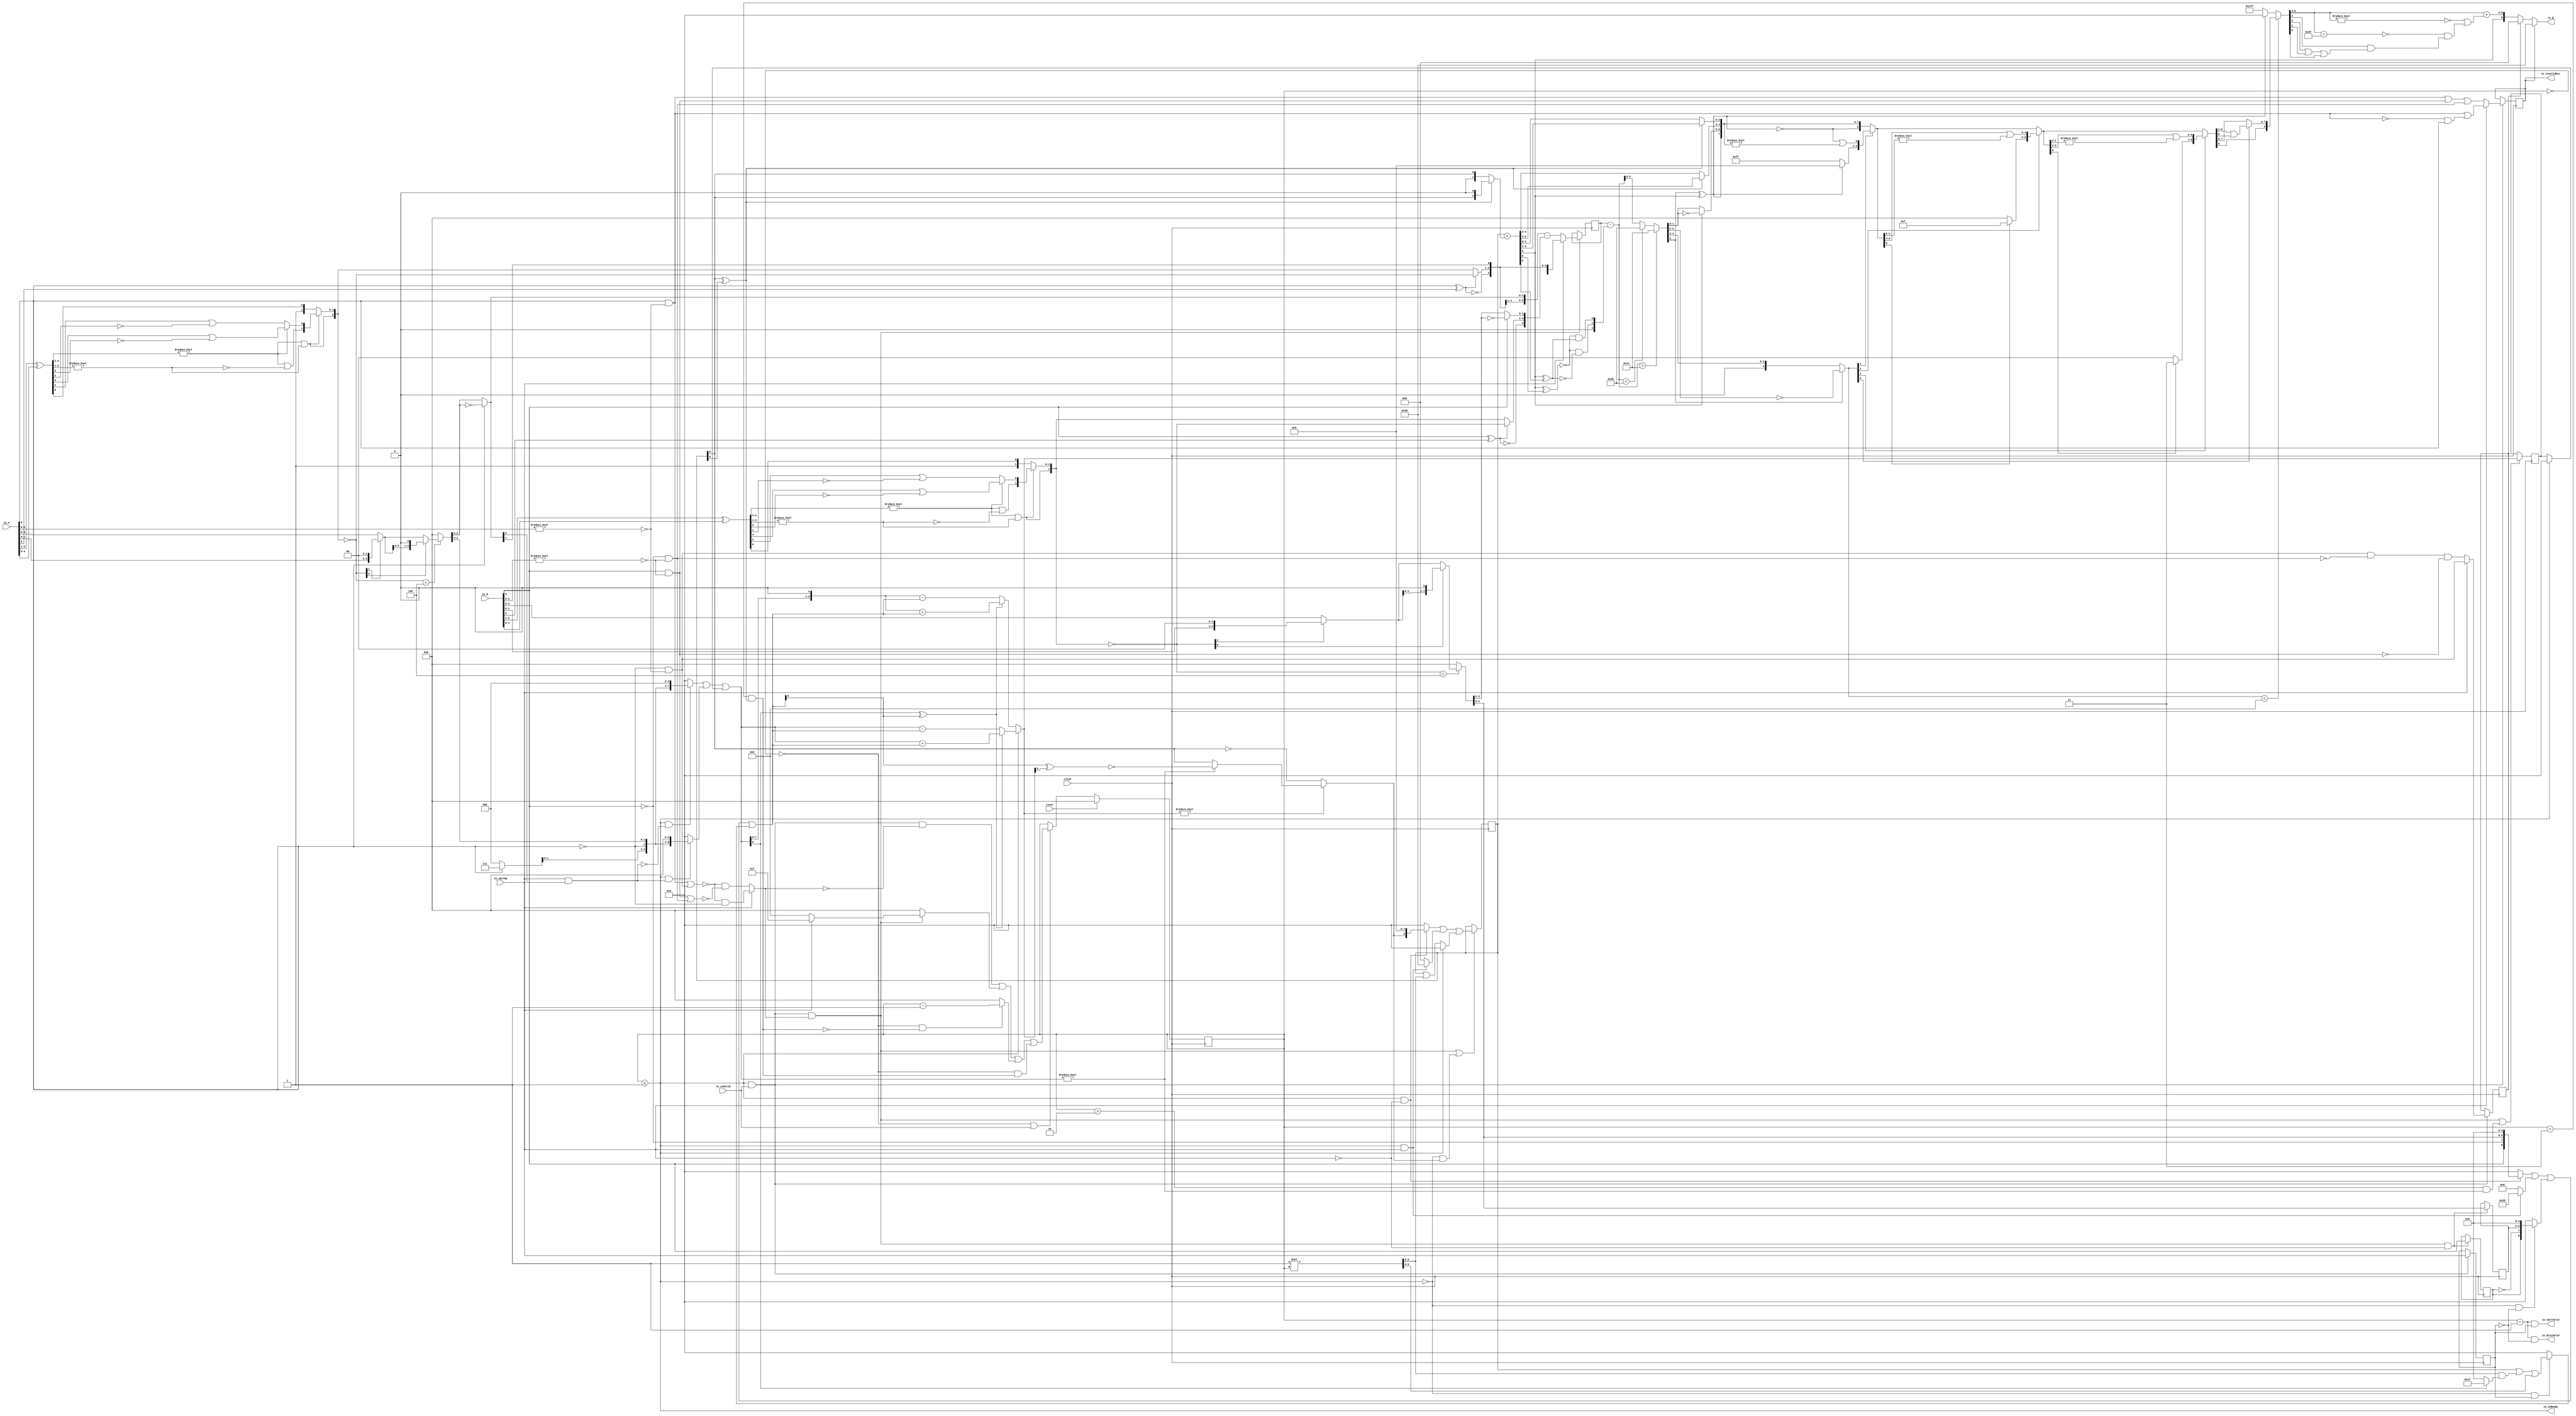
module PositDivSqrter7_2(
  input        clock,
  input        reset,
  output       io_inReady,
  input        io_inValid,
  input        io_sqrtOp,
  input  [6:0] io_A,
  input  [6:0] io_B,
  output       io_diviValid,
  output       io_sqrtValid,
  output       io_invalidExc,
  output [6:0] io_Q
);
  reg [3:0] cycleNum; // @[PositDivisionSqrt.scala 63:26]
  reg [31:0] _RAND_0;
  reg  sqrtOp_Z; // @[PositDivisionSqrt.scala 65:22]
  reg [31:0] _RAND_1;
  reg  isNaR_Z; // @[PositDivisionSqrt.scala 66:22]
  reg [31:0] _RAND_2;
  reg  isZero_Z; // @[PositDivisionSqrt.scala 67:22]
  reg [31:0] _RAND_3;
  reg [6:0] scale_Z; // @[PositDivisionSqrt.scala 68:22]
  reg [31:0] _RAND_4;
  reg  signB_Z; // @[PositDivisionSqrt.scala 69:28]
  reg [31:0] _RAND_5;
  reg [1:0] fractB_Z; // @[PositDivisionSqrt.scala 70:22]
  reg [31:0] _RAND_6;
  reg [8:0] rem_Z; // @[PositDivisionSqrt.scala 71:22]
  reg [31:0] _RAND_7;
  reg [8:0] sigX_Z; // @[PositDivisionSqrt.scala 72:22]
  reg [31:0] _RAND_8;
  wire  _T_1; // @[convert.scala 18:24]
  wire  _T_2; // @[convert.scala 18:40]
  wire  _T_3; // @[convert.scala 18:36]
  wire [4:0] _T_4; // @[convert.scala 19:24]
  wire [4:0] _T_5; // @[convert.scala 19:43]
  wire [4:0] _T_6; // @[convert.scala 19:39]
  wire [3:0] _T_7; // @[LZD.scala 43:32]
  wire [1:0] _T_8; // @[LZD.scala 43:32]
  wire  _T_9; // @[LZD.scala 39:14]
  wire  _T_10; // @[LZD.scala 39:21]
  wire  _T_11; // @[LZD.scala 39:30]
  wire  _T_12; // @[LZD.scala 39:27]
  wire  _T_13; // @[LZD.scala 39:25]
  wire [1:0] _T_14; // @[Cat.scala 29:58]
  wire [1:0] _T_15; // @[LZD.scala 44:32]
  wire  _T_16; // @[LZD.scala 39:14]
  wire  _T_17; // @[LZD.scala 39:21]
  wire  _T_18; // @[LZD.scala 39:30]
  wire  _T_19; // @[LZD.scala 39:27]
  wire  _T_20; // @[LZD.scala 39:25]
  wire [1:0] _T_21; // @[Cat.scala 29:58]
  wire  _T_22; // @[Shift.scala 12:21]
  wire  _T_23; // @[Shift.scala 12:21]
  wire  _T_24; // @[LZD.scala 49:16]
  wire  _T_25; // @[LZD.scala 49:27]
  wire  _T_26; // @[LZD.scala 49:25]
  wire  _T_27; // @[LZD.scala 49:47]
  wire  _T_28; // @[LZD.scala 49:59]
  wire  _T_29; // @[LZD.scala 49:35]
  wire [2:0] _T_31; // @[Cat.scala 29:58]
  wire  _T_32; // @[LZD.scala 44:32]
  wire  _T_34; // @[Shift.scala 12:21]
  wire [1:0] _T_36; // @[Cat.scala 29:58]
  wire [1:0] _T_37; // @[LZD.scala 55:32]
  wire [1:0] _T_38; // @[LZD.scala 55:20]
  wire [2:0] _T_39; // @[Cat.scala 29:58]
  wire [2:0] _T_40; // @[convert.scala 21:22]
  wire [3:0] _T_41; // @[convert.scala 22:36]
  wire  _T_42; // @[Shift.scala 16:24]
  wire [1:0] _T_43; // @[Shift.scala 17:37]
  wire  _T_44; // @[Shift.scala 12:21]
  wire [1:0] _T_45; // @[Shift.scala 64:52]
  wire [3:0] _T_47; // @[Cat.scala 29:58]
  wire [3:0] _T_48; // @[Shift.scala 64:27]
  wire  _T_49; // @[Shift.scala 66:70]
  wire [2:0] _T_51; // @[Shift.scala 64:52]
  wire [3:0] _T_52; // @[Cat.scala 29:58]
  wire [3:0] _T_53; // @[Shift.scala 64:27]
  wire [3:0] _T_54; // @[Shift.scala 16:10]
  wire [1:0] _T_55; // @[convert.scala 23:34]
  wire [1:0] decA_fraction; // @[convert.scala 24:34]
  wire  _T_57; // @[convert.scala 25:26]
  wire [2:0] _T_59; // @[convert.scala 25:42]
  wire [1:0] _T_62; // @[convert.scala 26:67]
  wire [1:0] _T_63; // @[convert.scala 26:51]
  wire [5:0] _T_64; // @[Cat.scala 29:58]
  wire [5:0] _T_66; // @[convert.scala 29:56]
  wire  _T_67; // @[convert.scala 29:60]
  wire  _T_68; // @[convert.scala 29:41]
  wire  decA_isNaR; // @[convert.scala 29:39]
  wire  _T_71; // @[convert.scala 30:19]
  wire  decA_isZero; // @[convert.scala 30:41]
  wire [5:0] decA_scale; // @[convert.scala 32:24]
  wire  _T_80; // @[convert.scala 18:24]
  wire  _T_81; // @[convert.scala 18:40]
  wire  _T_82; // @[convert.scala 18:36]
  wire [4:0] _T_83; // @[convert.scala 19:24]
  wire [4:0] _T_84; // @[convert.scala 19:43]
  wire [4:0] _T_85; // @[convert.scala 19:39]
  wire [3:0] _T_86; // @[LZD.scala 43:32]
  wire [1:0] _T_87; // @[LZD.scala 43:32]
  wire  _T_88; // @[LZD.scala 39:14]
  wire  _T_89; // @[LZD.scala 39:21]
  wire  _T_90; // @[LZD.scala 39:30]
  wire  _T_91; // @[LZD.scala 39:27]
  wire  _T_92; // @[LZD.scala 39:25]
  wire [1:0] _T_93; // @[Cat.scala 29:58]
  wire [1:0] _T_94; // @[LZD.scala 44:32]
  wire  _T_95; // @[LZD.scala 39:14]
  wire  _T_96; // @[LZD.scala 39:21]
  wire  _T_97; // @[LZD.scala 39:30]
  wire  _T_98; // @[LZD.scala 39:27]
  wire  _T_99; // @[LZD.scala 39:25]
  wire [1:0] _T_100; // @[Cat.scala 29:58]
  wire  _T_101; // @[Shift.scala 12:21]
  wire  _T_102; // @[Shift.scala 12:21]
  wire  _T_103; // @[LZD.scala 49:16]
  wire  _T_104; // @[LZD.scala 49:27]
  wire  _T_105; // @[LZD.scala 49:25]
  wire  _T_106; // @[LZD.scala 49:47]
  wire  _T_107; // @[LZD.scala 49:59]
  wire  _T_108; // @[LZD.scala 49:35]
  wire [2:0] _T_110; // @[Cat.scala 29:58]
  wire  _T_111; // @[LZD.scala 44:32]
  wire  _T_113; // @[Shift.scala 12:21]
  wire [1:0] _T_115; // @[Cat.scala 29:58]
  wire [1:0] _T_116; // @[LZD.scala 55:32]
  wire [1:0] _T_117; // @[LZD.scala 55:20]
  wire [2:0] _T_118; // @[Cat.scala 29:58]
  wire [2:0] _T_119; // @[convert.scala 21:22]
  wire [3:0] _T_120; // @[convert.scala 22:36]
  wire  _T_121; // @[Shift.scala 16:24]
  wire [1:0] _T_122; // @[Shift.scala 17:37]
  wire  _T_123; // @[Shift.scala 12:21]
  wire [1:0] _T_124; // @[Shift.scala 64:52]
  wire [3:0] _T_126; // @[Cat.scala 29:58]
  wire [3:0] _T_127; // @[Shift.scala 64:27]
  wire  _T_128; // @[Shift.scala 66:70]
  wire [2:0] _T_130; // @[Shift.scala 64:52]
  wire [3:0] _T_131; // @[Cat.scala 29:58]
  wire [3:0] _T_132; // @[Shift.scala 64:27]
  wire [3:0] _T_133; // @[Shift.scala 16:10]
  wire [1:0] _T_134; // @[convert.scala 23:34]
  wire [1:0] decB_fraction; // @[convert.scala 24:34]
  wire  _T_136; // @[convert.scala 25:26]
  wire [2:0] _T_138; // @[convert.scala 25:42]
  wire [1:0] _T_141; // @[convert.scala 26:67]
  wire [1:0] _T_142; // @[convert.scala 26:51]
  wire [5:0] _T_143; // @[Cat.scala 29:58]
  wire [5:0] _T_145; // @[convert.scala 29:56]
  wire  _T_146; // @[convert.scala 29:60]
  wire  _T_147; // @[convert.scala 29:41]
  wire  decB_isNaR; // @[convert.scala 29:39]
  wire  _T_150; // @[convert.scala 30:19]
  wire  decB_isZero; // @[convert.scala 30:41]
  wire [5:0] decB_scale; // @[convert.scala 32:24]
  wire [2:0] _T_159; // @[Bitwise.scala 71:12]
  wire  _T_160; // @[PositDivisionSqrt.scala 80:40]
  wire [8:0] sigA_S; // @[Cat.scala 29:58]
  wire  _T_163; // @[PositDivisionSqrt.scala 82:31]
  wire [8:0] sigB_S; // @[Cat.scala 29:58]
  wire  _T_166; // @[PositDivisionSqrt.scala 85:25]
  wire  invalidSqrt; // @[PositDivisionSqrt.scala 85:37]
  wire  _T_167; // @[PositDivisionSqrt.scala 88:42]
  wire  _T_168; // @[PositDivisionSqrt.scala 89:42]
  wire  _T_169; // @[PositDivisionSqrt.scala 89:56]
  wire  _T_170; // @[PositDivisionSqrt.scala 94:46]
  wire  _T_171; // @[PositDivisionSqrt.scala 94:43]
  wire  _T_172; // @[PositDivisionSqrt.scala 94:62]
  wire  _T_173; // @[PositDivisionSqrt.scala 94:59]
  wire  specialCaseA_S; // @[PositDivisionSqrt.scala 97:38]
  wire  specialCaseB_S; // @[PositDivisionSqrt.scala 98:38]
  wire  _T_174; // @[PositDivisionSqrt.scala 99:27]
  wire  _T_175; // @[PositDivisionSqrt.scala 99:46]
  wire  normalCase_S_div; // @[PositDivisionSqrt.scala 99:43]
  wire  normalCase_S_sqrt; // @[PositDivisionSqrt.scala 100:43]
  wire  normalCase_S; // @[PositDivisionSqrt.scala 101:30]
  wire [6:0] sExpQuot_S_div; // @[PositDivisionSqrt.scala 103:38]
  wire  _T_178; // @[PositDivisionSqrt.scala 104:50]
  wire  oddSqrt_S; // @[PositDivisionSqrt.scala 104:37]
  wire  idle; // @[PositDivisionSqrt.scala 109:39]
  wire  ready; // @[PositDivisionSqrt.scala 110:39]
  wire  entering; // @[PositDivisionSqrt.scala 111:35]
  wire  entering_normalCase; // @[PositDivisionSqrt.scala 112:38]
  wire  _T_179; // @[PositDivisionSqrt.scala 113:35]
  wire  _T_180; // @[PositDivisionSqrt.scala 113:58]
  wire  scaleNotChange; // @[PositDivisionSqrt.scala 113:50]
  wire  _T_181; // @[PositDivisionSqrt.scala 114:39]
  wire  skipCycle2; // @[PositDivisionSqrt.scala 114:48]
  wire  _T_182; // @[PositDivisionSqrt.scala 116:8]
  wire  _T_183; // @[PositDivisionSqrt.scala 116:14]
  wire  _T_184; // @[PositDivisionSqrt.scala 117:32]
  wire  _T_185; // @[PositDivisionSqrt.scala 117:30]
  wire [3:0] _T_187; // @[PositDivisionSqrt.scala 119:26]
  wire [3:0] _T_188; // @[PositDivisionSqrt.scala 118:20]
  wire [3:0] _GEN_9; // @[PositDivisionSqrt.scala 117:64]
  wire [3:0] _T_189; // @[PositDivisionSqrt.scala 117:64]
  wire  _T_191; // @[PositDivisionSqrt.scala 123:30]
  wire  _T_192; // @[PositDivisionSqrt.scala 123:27]
  wire [3:0] _T_194; // @[PositDivisionSqrt.scala 123:52]
  wire [3:0] _T_195; // @[PositDivisionSqrt.scala 123:20]
  wire [3:0] _T_196; // @[PositDivisionSqrt.scala 122:64]
  wire  _T_198; // @[PositDivisionSqrt.scala 124:27]
  wire [3:0] _GEN_10; // @[PositDivisionSqrt.scala 123:64]
  wire [3:0] _T_200; // @[PositDivisionSqrt.scala 123:64]
  wire [4:0] _T_201; // @[PositDivisionSqrt.scala 134:42]
  wire  _T_203; // @[PositDivisionSqrt.scala 137:31]
  wire  _T_204; // @[PositDivisionSqrt.scala 137:28]
  wire [15:0] _T_205; // @[PositDivisionSqrt.scala 146:22]
  wire [13:0] _T_206; // @[PositDivisionSqrt.scala 146:35]
  wire  _T_207; // @[PositDivisionSqrt.scala 148:26]
  wire  _T_208; // @[PositDivisionSqrt.scala 148:23]
  wire [8:0] _T_209; // @[PositDivisionSqrt.scala 148:16]
  wire  _T_210; // @[PositDivisionSqrt.scala 149:23]
  wire [9:0] _T_211; // @[PositDivisionSqrt.scala 149:46]
  wire [8:0] _T_212; // @[PositDivisionSqrt.scala 149:56]
  wire [8:0] _T_213; // @[PositDivisionSqrt.scala 149:16]
  wire [8:0] _T_214; // @[PositDivisionSqrt.scala 148:66]
  wire  _T_215; // @[PositDivisionSqrt.scala 150:17]
  wire [8:0] _T_216; // @[PositDivisionSqrt.scala 150:16]
  wire [8:0] rem; // @[PositDivisionSqrt.scala 149:66]
  wire  _T_218; // @[PositDivisionSqrt.scala 152:29]
  wire [8:0] _T_219; // @[PositDivisionSqrt.scala 152:22]
  wire  _T_220; // @[PositDivisionSqrt.scala 153:29]
  wire [5:0] _T_221; // @[PositDivisionSqrt.scala 153:22]
  wire [8:0] _GEN_11; // @[PositDivisionSqrt.scala 152:93]
  wire [8:0] _T_222; // @[PositDivisionSqrt.scala 152:93]
  wire  _T_224; // @[PositDivisionSqrt.scala 154:33]
  wire  _T_225; // @[PositDivisionSqrt.scala 154:30]
  wire  _T_226; // @[PositDivisionSqrt.scala 154:57]
  wire [8:0] _T_229; // @[Cat.scala 29:58]
  wire [8:0] _T_230; // @[PositDivisionSqrt.scala 154:22]
  wire [8:0] _T_231; // @[PositDivisionSqrt.scala 153:93]
  wire  _T_233; // @[PositDivisionSqrt.scala 155:30]
  wire  _T_234; // @[PositDivisionSqrt.scala 156:83]
  wire [4:0] _T_236; // @[Bitwise.scala 71:12]
  wire [7:0] bitMask; // @[PositDivisionSqrt.scala 145:21 PositDivisionSqrt.scala 146:14]
  wire [7:0] _GEN_12; // @[PositDivisionSqrt.scala 156:53]
  wire [7:0] _T_237; // @[PositDivisionSqrt.scala 156:53]
  wire [8:0] _GEN_13; // @[PositDivisionSqrt.scala 155:51]
  wire [8:0] _T_238; // @[PositDivisionSqrt.scala 155:51]
  wire [6:0] _T_239; // @[PositDivisionSqrt.scala 157:53]
  wire [8:0] _GEN_14; // @[PositDivisionSqrt.scala 156:89]
  wire [8:0] _T_240; // @[PositDivisionSqrt.scala 156:89]
  wire [8:0] _T_241; // @[PositDivisionSqrt.scala 155:22]
  wire [8:0] trialTerm; // @[PositDivisionSqrt.scala 154:93]
  wire  _T_243; // @[PositDivisionSqrt.scala 162:56]
  wire  _T_244; // @[PositDivisionSqrt.scala 162:40]
  wire [8:0] _T_247; // @[PositDivisionSqrt.scala 163:97]
  wire [8:0] _T_249; // @[PositDivisionSqrt.scala 164:97]
  wire [8:0] _T_250; // @[PositDivisionSqrt.scala 161:92]
  wire [9:0] _T_255; // @[PositDivisionSqrt.scala 168:98]
  wire [8:0] _T_256; // @[PositDivisionSqrt.scala 168:108]
  wire [8:0] _T_258; // @[PositDivisionSqrt.scala 168:112]
  wire [8:0] _T_262; // @[PositDivisionSqrt.scala 169:112]
  wire [8:0] _T_263; // @[PositDivisionSqrt.scala 166:26]
  wire [8:0] trialRem; // @[PositDivisionSqrt.scala 159:27]
  wire  _T_264; // @[PositDivisionSqrt.scala 173:35]
  wire  trIsZero; // @[PositDivisionSqrt.scala 173:25]
  wire  _T_265; // @[PositDivisionSqrt.scala 174:30]
  wire  remIsZero; // @[PositDivisionSqrt.scala 174:25]
  wire  _T_267; // @[PositDivisionSqrt.scala 176:64]
  wire  _T_268; // @[PositDivisionSqrt.scala 176:49]
  wire  _T_269; // @[PositDivisionSqrt.scala 176:29]
  wire  _T_270; // @[PositDivisionSqrt.scala 178:61]
  wire  _T_271; // @[PositDivisionSqrt.scala 178:49]
  wire  _T_273; // @[Mux.scala 87:16]
  wire  newBit; // @[Mux.scala 87:16]
  wire  _T_274; // @[PositDivisionSqrt.scala 183:41]
  wire  _T_275; // @[PositDivisionSqrt.scala 183:51]
  wire  _T_276; // @[PositDivisionSqrt.scala 183:48]
  wire  _T_277; // @[PositDivisionSqrt.scala 183:28]
  wire  _T_280; // @[PositDivisionSqrt.scala 187:39]
  wire  _T_281; // @[PositDivisionSqrt.scala 187:28]
  wire [8:0] _T_284; // @[PositDivisionSqrt.scala 188:47]
  wire [8:0] _T_285; // @[PositDivisionSqrt.scala 188:18]
  wire [6:0] _T_287; // @[PositDivisionSqrt.scala 189:18]
  wire [8:0] _GEN_15; // @[PositDivisionSqrt.scala 188:78]
  wire [8:0] _T_288; // @[PositDivisionSqrt.scala 188:78]
  wire [8:0] _GEN_16; // @[PositDivisionSqrt.scala 190:47]
  wire [8:0] _T_290; // @[PositDivisionSqrt.scala 190:47]
  wire [8:0] _T_291; // @[PositDivisionSqrt.scala 190:18]
  wire [8:0] _T_292; // @[PositDivisionSqrt.scala 189:78]
  wire [1:0] _T_294; // @[PositDivisionSqrt.scala 196:53]
  wire [1:0] sigXBias; // @[PositDivisionSqrt.scala 196:21]
  wire [8:0] _GEN_17; // @[PositDivisionSqrt.scala 197:25]
  wire [8:0] realSigX; // @[PositDivisionSqrt.scala 197:25]
  wire [1:0] _T_297; // @[PositDivisionSqrt.scala 200:97]
  wire [1:0] _T_298; // @[PositDivisionSqrt.scala 201:97]
  wire [1:0] realFrac; // @[PositDivisionSqrt.scala 198:21]
  wire  _T_299; // @[PositDivisionSqrt.scala 205:33]
  wire  _T_300; // @[PositDivisionSqrt.scala 205:58]
  wire  _T_301; // @[PositDivisionSqrt.scala 205:48]
  wire  scaleNeedSub; // @[PositDivisionSqrt.scala 205:23]
  wire  _T_303; // @[PositDivisionSqrt.scala 206:56]
  wire  notNeedSubTwo; // @[PositDivisionSqrt.scala 206:46]
  wire  scaleSubOne; // @[PositDivisionSqrt.scala 207:36]
  wire  _T_304; // @[PositDivisionSqrt.scala 208:38]
  wire  scaleSubTwo; // @[PositDivisionSqrt.scala 208:36]
  wire [1:0] _T_305; // @[Cat.scala 29:58]
  wire [2:0] _T_306; // @[PositDivisionSqrt.scala 209:63]
  wire [6:0] _GEN_18; // @[PositDivisionSqrt.scala 209:31]
  wire [6:0] _T_308; // @[PositDivisionSqrt.scala 209:31]
  wire [6:0] realExp; // @[PositDivisionSqrt.scala 209:31]
  wire  underflow; // @[PositDivisionSqrt.scala 210:31]
  wire  overflow; // @[PositDivisionSqrt.scala 211:31]
  wire  decQ_sign; // @[PositDivisionSqrt.scala 215:33]
  wire [6:0] _T_310; // @[Mux.scala 87:16]
  wire [6:0] _T_311; // @[Mux.scala 87:16]
  wire [2:0] _T_312; // @[PositDivisionSqrt.scala 224:48]
  wire [2:0] _T_313; // @[PositDivisionSqrt.scala 224:64]
  wire [2:0] decQ_grs; // @[PositDivisionSqrt.scala 224:23]
  wire  outValid; // @[PositDivisionSqrt.scala 229:28]
  wire [5:0] _GEN_19; // @[PositDivisionSqrt.scala 204:27 PositDivisionSqrt.scala 216:23]
  wire [5:0] decQ_scale; // @[PositDivisionSqrt.scala 204:27 PositDivisionSqrt.scala 216:23]
  wire [1:0] _T_319; // @[convert.scala 46:61]
  wire [1:0] _T_320; // @[convert.scala 46:52]
  wire [1:0] _T_322; // @[convert.scala 46:42]
  wire [3:0] _T_323; // @[convert.scala 48:34]
  wire  _T_324; // @[convert.scala 49:36]
  wire [3:0] _T_326; // @[convert.scala 50:36]
  wire [3:0] _T_327; // @[convert.scala 50:36]
  wire [3:0] _T_328; // @[convert.scala 50:28]
  wire  _T_329; // @[convert.scala 51:31]
  wire  _T_330; // @[convert.scala 52:43]
  wire [8:0] _T_334; // @[Cat.scala 29:58]
  wire [3:0] _T_335; // @[Shift.scala 39:17]
  wire  _T_336; // @[Shift.scala 39:24]
  wire  _T_338; // @[Shift.scala 90:30]
  wire [7:0] _T_339; // @[Shift.scala 90:48]
  wire  _T_340; // @[Shift.scala 90:57]
  wire  _T_341; // @[Shift.scala 90:39]
  wire  _T_342; // @[Shift.scala 12:21]
  wire  _T_343; // @[Shift.scala 12:21]
  wire [7:0] _T_345; // @[Bitwise.scala 71:12]
  wire [8:0] _T_346; // @[Cat.scala 29:58]
  wire [8:0] _T_347; // @[Shift.scala 91:22]
  wire [2:0] _T_348; // @[Shift.scala 92:77]
  wire [4:0] _T_349; // @[Shift.scala 90:30]
  wire [3:0] _T_350; // @[Shift.scala 90:48]
  wire  _T_351; // @[Shift.scala 90:57]
  wire [4:0] _GEN_20; // @[Shift.scala 90:39]
  wire [4:0] _T_352; // @[Shift.scala 90:39]
  wire  _T_353; // @[Shift.scala 12:21]
  wire  _T_354; // @[Shift.scala 12:21]
  wire [3:0] _T_356; // @[Bitwise.scala 71:12]
  wire [8:0] _T_357; // @[Cat.scala 29:58]
  wire [8:0] _T_358; // @[Shift.scala 91:22]
  wire [1:0] _T_359; // @[Shift.scala 92:77]
  wire [6:0] _T_360; // @[Shift.scala 90:30]
  wire [1:0] _T_361; // @[Shift.scala 90:48]
  wire  _T_362; // @[Shift.scala 90:57]
  wire [6:0] _GEN_21; // @[Shift.scala 90:39]
  wire [6:0] _T_363; // @[Shift.scala 90:39]
  wire  _T_364; // @[Shift.scala 12:21]
  wire  _T_365; // @[Shift.scala 12:21]
  wire [1:0] _T_367; // @[Bitwise.scala 71:12]
  wire [8:0] _T_368; // @[Cat.scala 29:58]
  wire [8:0] _T_369; // @[Shift.scala 91:22]
  wire  _T_370; // @[Shift.scala 92:77]
  wire [7:0] _T_371; // @[Shift.scala 90:30]
  wire  _T_372; // @[Shift.scala 90:48]
  wire [7:0] _GEN_22; // @[Shift.scala 90:39]
  wire [7:0] _T_374; // @[Shift.scala 90:39]
  wire  _T_376; // @[Shift.scala 12:21]
  wire [8:0] _T_377; // @[Cat.scala 29:58]
  wire [8:0] _T_378; // @[Shift.scala 91:22]
  wire [8:0] _T_381; // @[Bitwise.scala 71:12]
  wire [8:0] _T_382; // @[Shift.scala 39:10]
  wire  _T_383; // @[convert.scala 55:31]
  wire  _T_384; // @[convert.scala 56:31]
  wire  _T_385; // @[convert.scala 57:31]
  wire  _T_386; // @[convert.scala 58:31]
  wire [5:0] _T_387; // @[convert.scala 59:69]
  wire  _T_388; // @[convert.scala 59:81]
  wire  _T_389; // @[convert.scala 59:50]
  wire  _T_391; // @[convert.scala 60:81]
  wire  _T_392; // @[convert.scala 61:44]
  wire  _T_393; // @[convert.scala 61:52]
  wire  _T_394; // @[convert.scala 61:36]
  wire  _T_395; // @[convert.scala 62:63]
  wire  _T_396; // @[convert.scala 62:103]
  wire  _T_397; // @[convert.scala 62:60]
  wire [5:0] _GEN_23; // @[convert.scala 63:56]
  wire [5:0] _T_400; // @[convert.scala 63:56]
  wire [6:0] _T_401; // @[Cat.scala 29:58]
  wire [6:0] _T_403; // @[Mux.scala 87:16]
  assign _T_1 = io_A[6]; // @[convert.scala 18:24]
  assign _T_2 = io_A[5]; // @[convert.scala 18:40]
  assign _T_3 = _T_1 ^ _T_2; // @[convert.scala 18:36]
  assign _T_4 = io_A[5:1]; // @[convert.scala 19:24]
  assign _T_5 = io_A[4:0]; // @[convert.scala 19:43]
  assign _T_6 = _T_4 ^ _T_5; // @[convert.scala 19:39]
  assign _T_7 = _T_6[4:1]; // @[LZD.scala 43:32]
  assign _T_8 = _T_7[3:2]; // @[LZD.scala 43:32]
  assign _T_9 = _T_8 != 2'h0; // @[LZD.scala 39:14]
  assign _T_10 = _T_8[1]; // @[LZD.scala 39:21]
  assign _T_11 = _T_8[0]; // @[LZD.scala 39:30]
  assign _T_12 = ~ _T_11; // @[LZD.scala 39:27]
  assign _T_13 = _T_10 | _T_12; // @[LZD.scala 39:25]
  assign _T_14 = {_T_9,_T_13}; // @[Cat.scala 29:58]
  assign _T_15 = _T_7[1:0]; // @[LZD.scala 44:32]
  assign _T_16 = _T_15 != 2'h0; // @[LZD.scala 39:14]
  assign _T_17 = _T_15[1]; // @[LZD.scala 39:21]
  assign _T_18 = _T_15[0]; // @[LZD.scala 39:30]
  assign _T_19 = ~ _T_18; // @[LZD.scala 39:27]
  assign _T_20 = _T_17 | _T_19; // @[LZD.scala 39:25]
  assign _T_21 = {_T_16,_T_20}; // @[Cat.scala 29:58]
  assign _T_22 = _T_14[1]; // @[Shift.scala 12:21]
  assign _T_23 = _T_21[1]; // @[Shift.scala 12:21]
  assign _T_24 = _T_22 | _T_23; // @[LZD.scala 49:16]
  assign _T_25 = ~ _T_23; // @[LZD.scala 49:27]
  assign _T_26 = _T_22 | _T_25; // @[LZD.scala 49:25]
  assign _T_27 = _T_14[0:0]; // @[LZD.scala 49:47]
  assign _T_28 = _T_21[0:0]; // @[LZD.scala 49:59]
  assign _T_29 = _T_22 ? _T_27 : _T_28; // @[LZD.scala 49:35]
  assign _T_31 = {_T_24,_T_26,_T_29}; // @[Cat.scala 29:58]
  assign _T_32 = _T_6[0:0]; // @[LZD.scala 44:32]
  assign _T_34 = _T_31[2]; // @[Shift.scala 12:21]
  assign _T_36 = {1'h1,_T_32}; // @[Cat.scala 29:58]
  assign _T_37 = _T_31[1:0]; // @[LZD.scala 55:32]
  assign _T_38 = _T_34 ? _T_37 : _T_36; // @[LZD.scala 55:20]
  assign _T_39 = {_T_34,_T_38}; // @[Cat.scala 29:58]
  assign _T_40 = ~ _T_39; // @[convert.scala 21:22]
  assign _T_41 = io_A[3:0]; // @[convert.scala 22:36]
  assign _T_42 = _T_40 < 3'h4; // @[Shift.scala 16:24]
  assign _T_43 = _T_40[1:0]; // @[Shift.scala 17:37]
  assign _T_44 = _T_43[1]; // @[Shift.scala 12:21]
  assign _T_45 = _T_41[1:0]; // @[Shift.scala 64:52]
  assign _T_47 = {_T_45,2'h0}; // @[Cat.scala 29:58]
  assign _T_48 = _T_44 ? _T_47 : _T_41; // @[Shift.scala 64:27]
  assign _T_49 = _T_43[0:0]; // @[Shift.scala 66:70]
  assign _T_51 = _T_48[2:0]; // @[Shift.scala 64:52]
  assign _T_52 = {_T_51,1'h0}; // @[Cat.scala 29:58]
  assign _T_53 = _T_49 ? _T_52 : _T_48; // @[Shift.scala 64:27]
  assign _T_54 = _T_42 ? _T_53 : 4'h0; // @[Shift.scala 16:10]
  assign _T_55 = _T_54[3:2]; // @[convert.scala 23:34]
  assign decA_fraction = _T_54[1:0]; // @[convert.scala 24:34]
  assign _T_57 = _T_3 == 1'h0; // @[convert.scala 25:26]
  assign _T_59 = _T_3 ? _T_40 : _T_39; // @[convert.scala 25:42]
  assign _T_62 = ~ _T_55; // @[convert.scala 26:67]
  assign _T_63 = _T_1 ? _T_62 : _T_55; // @[convert.scala 26:51]
  assign _T_64 = {_T_57,_T_59,_T_63}; // @[Cat.scala 29:58]
  assign _T_66 = io_A[5:0]; // @[convert.scala 29:56]
  assign _T_67 = _T_66 != 6'h0; // @[convert.scala 29:60]
  assign _T_68 = ~ _T_67; // @[convert.scala 29:41]
  assign decA_isNaR = _T_1 & _T_68; // @[convert.scala 29:39]
  assign _T_71 = _T_1 == 1'h0; // @[convert.scala 30:19]
  assign decA_isZero = _T_71 & _T_68; // @[convert.scala 30:41]
  assign decA_scale = $signed(_T_64); // @[convert.scala 32:24]
  assign _T_80 = io_B[6]; // @[convert.scala 18:24]
  assign _T_81 = io_B[5]; // @[convert.scala 18:40]
  assign _T_82 = _T_80 ^ _T_81; // @[convert.scala 18:36]
  assign _T_83 = io_B[5:1]; // @[convert.scala 19:24]
  assign _T_84 = io_B[4:0]; // @[convert.scala 19:43]
  assign _T_85 = _T_83 ^ _T_84; // @[convert.scala 19:39]
  assign _T_86 = _T_85[4:1]; // @[LZD.scala 43:32]
  assign _T_87 = _T_86[3:2]; // @[LZD.scala 43:32]
  assign _T_88 = _T_87 != 2'h0; // @[LZD.scala 39:14]
  assign _T_89 = _T_87[1]; // @[LZD.scala 39:21]
  assign _T_90 = _T_87[0]; // @[LZD.scala 39:30]
  assign _T_91 = ~ _T_90; // @[LZD.scala 39:27]
  assign _T_92 = _T_89 | _T_91; // @[LZD.scala 39:25]
  assign _T_93 = {_T_88,_T_92}; // @[Cat.scala 29:58]
  assign _T_94 = _T_86[1:0]; // @[LZD.scala 44:32]
  assign _T_95 = _T_94 != 2'h0; // @[LZD.scala 39:14]
  assign _T_96 = _T_94[1]; // @[LZD.scala 39:21]
  assign _T_97 = _T_94[0]; // @[LZD.scala 39:30]
  assign _T_98 = ~ _T_97; // @[LZD.scala 39:27]
  assign _T_99 = _T_96 | _T_98; // @[LZD.scala 39:25]
  assign _T_100 = {_T_95,_T_99}; // @[Cat.scala 29:58]
  assign _T_101 = _T_93[1]; // @[Shift.scala 12:21]
  assign _T_102 = _T_100[1]; // @[Shift.scala 12:21]
  assign _T_103 = _T_101 | _T_102; // @[LZD.scala 49:16]
  assign _T_104 = ~ _T_102; // @[LZD.scala 49:27]
  assign _T_105 = _T_101 | _T_104; // @[LZD.scala 49:25]
  assign _T_106 = _T_93[0:0]; // @[LZD.scala 49:47]
  assign _T_107 = _T_100[0:0]; // @[LZD.scala 49:59]
  assign _T_108 = _T_101 ? _T_106 : _T_107; // @[LZD.scala 49:35]
  assign _T_110 = {_T_103,_T_105,_T_108}; // @[Cat.scala 29:58]
  assign _T_111 = _T_85[0:0]; // @[LZD.scala 44:32]
  assign _T_113 = _T_110[2]; // @[Shift.scala 12:21]
  assign _T_115 = {1'h1,_T_111}; // @[Cat.scala 29:58]
  assign _T_116 = _T_110[1:0]; // @[LZD.scala 55:32]
  assign _T_117 = _T_113 ? _T_116 : _T_115; // @[LZD.scala 55:20]
  assign _T_118 = {_T_113,_T_117}; // @[Cat.scala 29:58]
  assign _T_119 = ~ _T_118; // @[convert.scala 21:22]
  assign _T_120 = io_B[3:0]; // @[convert.scala 22:36]
  assign _T_121 = _T_119 < 3'h4; // @[Shift.scala 16:24]
  assign _T_122 = _T_119[1:0]; // @[Shift.scala 17:37]
  assign _T_123 = _T_122[1]; // @[Shift.scala 12:21]
  assign _T_124 = _T_120[1:0]; // @[Shift.scala 64:52]
  assign _T_126 = {_T_124,2'h0}; // @[Cat.scala 29:58]
  assign _T_127 = _T_123 ? _T_126 : _T_120; // @[Shift.scala 64:27]
  assign _T_128 = _T_122[0:0]; // @[Shift.scala 66:70]
  assign _T_130 = _T_127[2:0]; // @[Shift.scala 64:52]
  assign _T_131 = {_T_130,1'h0}; // @[Cat.scala 29:58]
  assign _T_132 = _T_128 ? _T_131 : _T_127; // @[Shift.scala 64:27]
  assign _T_133 = _T_121 ? _T_132 : 4'h0; // @[Shift.scala 16:10]
  assign _T_134 = _T_133[3:2]; // @[convert.scala 23:34]
  assign decB_fraction = _T_133[1:0]; // @[convert.scala 24:34]
  assign _T_136 = _T_82 == 1'h0; // @[convert.scala 25:26]
  assign _T_138 = _T_82 ? _T_119 : _T_118; // @[convert.scala 25:42]
  assign _T_141 = ~ _T_134; // @[convert.scala 26:67]
  assign _T_142 = _T_80 ? _T_141 : _T_134; // @[convert.scala 26:51]
  assign _T_143 = {_T_136,_T_138,_T_142}; // @[Cat.scala 29:58]
  assign _T_145 = io_B[5:0]; // @[convert.scala 29:56]
  assign _T_146 = _T_145 != 6'h0; // @[convert.scala 29:60]
  assign _T_147 = ~ _T_146; // @[convert.scala 29:41]
  assign decB_isNaR = _T_80 & _T_147; // @[convert.scala 29:39]
  assign _T_150 = _T_80 == 1'h0; // @[convert.scala 30:19]
  assign decB_isZero = _T_150 & _T_147; // @[convert.scala 30:41]
  assign decB_scale = $signed(_T_143); // @[convert.scala 32:24]
  assign _T_159 = _T_1 ? 3'h7 : 3'h0; // @[Bitwise.scala 71:12]
  assign _T_160 = ~ _T_1; // @[PositDivisionSqrt.scala 80:40]
  assign sigA_S = {_T_159,_T_160,decA_fraction,3'h0}; // @[Cat.scala 29:58]
  assign _T_163 = ~ _T_80; // @[PositDivisionSqrt.scala 82:31]
  assign sigB_S = {_T_80,_T_163,decB_fraction,5'h0}; // @[Cat.scala 29:58]
  assign _T_166 = decA_isNaR == 1'h0; // @[PositDivisionSqrt.scala 85:25]
  assign invalidSqrt = _T_166 & _T_1; // @[PositDivisionSqrt.scala 85:37]
  assign _T_167 = decA_isNaR | invalidSqrt; // @[PositDivisionSqrt.scala 88:42]
  assign _T_168 = decA_isNaR | decB_isNaR; // @[PositDivisionSqrt.scala 89:42]
  assign _T_169 = _T_168 | decB_isZero; // @[PositDivisionSqrt.scala 89:56]
  assign _T_170 = decB_isZero == 1'h0; // @[PositDivisionSqrt.scala 94:46]
  assign _T_171 = decA_isZero & _T_170; // @[PositDivisionSqrt.scala 94:43]
  assign _T_172 = decB_isNaR == 1'h0; // @[PositDivisionSqrt.scala 94:62]
  assign _T_173 = _T_171 & _T_172; // @[PositDivisionSqrt.scala 94:59]
  assign specialCaseA_S = decA_isNaR | decA_isZero; // @[PositDivisionSqrt.scala 97:38]
  assign specialCaseB_S = decB_isNaR | decB_isZero; // @[PositDivisionSqrt.scala 98:38]
  assign _T_174 = specialCaseA_S == 1'h0; // @[PositDivisionSqrt.scala 99:27]
  assign _T_175 = specialCaseB_S == 1'h0; // @[PositDivisionSqrt.scala 99:46]
  assign normalCase_S_div = _T_174 & _T_175; // @[PositDivisionSqrt.scala 99:43]
  assign normalCase_S_sqrt = _T_174 & _T_71; // @[PositDivisionSqrt.scala 100:43]
  assign normalCase_S = io_sqrtOp ? normalCase_S_sqrt : normalCase_S_div; // @[PositDivisionSqrt.scala 101:30]
  assign sExpQuot_S_div = $signed(decA_scale) - $signed(decB_scale); // @[PositDivisionSqrt.scala 103:38]
  assign _T_178 = decA_scale[0]; // @[PositDivisionSqrt.scala 104:50]
  assign oddSqrt_S = io_sqrtOp & _T_178; // @[PositDivisionSqrt.scala 104:37]
  assign idle = cycleNum == 4'h0; // @[PositDivisionSqrt.scala 109:39]
  assign ready = cycleNum <= 4'h1; // @[PositDivisionSqrt.scala 110:39]
  assign entering = ready & io_inValid; // @[PositDivisionSqrt.scala 111:35]
  assign entering_normalCase = entering & normalCase_S; // @[PositDivisionSqrt.scala 112:38]
  assign _T_179 = sigX_Z[8]; // @[PositDivisionSqrt.scala 113:35]
  assign _T_180 = sigX_Z[6]; // @[PositDivisionSqrt.scala 113:58]
  assign scaleNotChange = _T_179 ^ _T_180; // @[PositDivisionSqrt.scala 113:50]
  assign _T_181 = cycleNum == 4'h3; // @[PositDivisionSqrt.scala 114:39]
  assign skipCycle2 = _T_181 & scaleNotChange; // @[PositDivisionSqrt.scala 114:48]
  assign _T_182 = idle == 1'h0; // @[PositDivisionSqrt.scala 116:8]
  assign _T_183 = _T_182 | io_inValid; // @[PositDivisionSqrt.scala 116:14]
  assign _T_184 = normalCase_S == 1'h0; // @[PositDivisionSqrt.scala 117:32]
  assign _T_185 = entering & _T_184; // @[PositDivisionSqrt.scala 117:30]
  assign _T_187 = io_sqrtOp ? 4'h7 : 4'h9; // @[PositDivisionSqrt.scala 119:26]
  assign _T_188 = entering_normalCase ? _T_187 : 4'h0; // @[PositDivisionSqrt.scala 118:20]
  assign _GEN_9 = {{3'd0}, _T_185}; // @[PositDivisionSqrt.scala 117:64]
  assign _T_189 = _GEN_9 | _T_188; // @[PositDivisionSqrt.scala 117:64]
  assign _T_191 = skipCycle2 == 1'h0; // @[PositDivisionSqrt.scala 123:30]
  assign _T_192 = _T_182 & _T_191; // @[PositDivisionSqrt.scala 123:27]
  assign _T_194 = cycleNum - 4'h1; // @[PositDivisionSqrt.scala 123:52]
  assign _T_195 = _T_192 ? _T_194 : 4'h0; // @[PositDivisionSqrt.scala 123:20]
  assign _T_196 = _T_189 | _T_195; // @[PositDivisionSqrt.scala 122:64]
  assign _T_198 = _T_182 & skipCycle2; // @[PositDivisionSqrt.scala 124:27]
  assign _GEN_10 = {{3'd0}, _T_198}; // @[PositDivisionSqrt.scala 123:64]
  assign _T_200 = _T_196 | _GEN_10; // @[PositDivisionSqrt.scala 123:64]
  assign _T_201 = decA_scale[5:1]; // @[PositDivisionSqrt.scala 134:42]
  assign _T_203 = io_sqrtOp == 1'h0; // @[PositDivisionSqrt.scala 137:31]
  assign _T_204 = entering_normalCase & _T_203; // @[PositDivisionSqrt.scala 137:28]
  assign _T_205 = 16'h1 << cycleNum; // @[PositDivisionSqrt.scala 146:22]
  assign _T_206 = _T_205[15:2]; // @[PositDivisionSqrt.scala 146:35]
  assign _T_207 = oddSqrt_S == 1'h0; // @[PositDivisionSqrt.scala 148:26]
  assign _T_208 = ready & _T_207; // @[PositDivisionSqrt.scala 148:23]
  assign _T_209 = _T_208 ? sigA_S : 9'h0; // @[PositDivisionSqrt.scala 148:16]
  assign _T_210 = ready & oddSqrt_S; // @[PositDivisionSqrt.scala 149:23]
  assign _T_211 = {sigA_S, 1'h0}; // @[PositDivisionSqrt.scala 149:46]
  assign _T_212 = _T_211[8:0]; // @[PositDivisionSqrt.scala 149:56]
  assign _T_213 = _T_210 ? _T_212 : 9'h0; // @[PositDivisionSqrt.scala 149:16]
  assign _T_214 = _T_209 | _T_213; // @[PositDivisionSqrt.scala 148:66]
  assign _T_215 = ready == 1'h0; // @[PositDivisionSqrt.scala 150:17]
  assign _T_216 = _T_215 ? rem_Z : 9'h0; // @[PositDivisionSqrt.scala 150:16]
  assign rem = _T_214 | _T_216; // @[PositDivisionSqrt.scala 149:66]
  assign _T_218 = ready & _T_203; // @[PositDivisionSqrt.scala 152:29]
  assign _T_219 = _T_218 ? sigB_S : 9'h0; // @[PositDivisionSqrt.scala 152:22]
  assign _T_220 = ready & io_sqrtOp; // @[PositDivisionSqrt.scala 153:29]
  assign _T_221 = _T_220 ? 6'h20 : 6'h0; // @[PositDivisionSqrt.scala 153:22]
  assign _GEN_11 = {{3'd0}, _T_221}; // @[PositDivisionSqrt.scala 152:93]
  assign _T_222 = _T_219 | _GEN_11; // @[PositDivisionSqrt.scala 152:93]
  assign _T_224 = sqrtOp_Z == 1'h0; // @[PositDivisionSqrt.scala 154:33]
  assign _T_225 = _T_215 & _T_224; // @[PositDivisionSqrt.scala 154:30]
  assign _T_226 = ~ signB_Z; // @[PositDivisionSqrt.scala 154:57]
  assign _T_229 = {signB_Z,_T_226,fractB_Z,5'h0}; // @[Cat.scala 29:58]
  assign _T_230 = _T_225 ? _T_229 : 9'h0; // @[PositDivisionSqrt.scala 154:22]
  assign _T_231 = _T_222 | _T_230; // @[PositDivisionSqrt.scala 153:93]
  assign _T_233 = _T_215 & sqrtOp_Z; // @[PositDivisionSqrt.scala 155:30]
  assign _T_234 = rem[8:8]; // @[PositDivisionSqrt.scala 156:83]
  assign _T_236 = _T_234 ? 5'h1f : 5'h0; // @[Bitwise.scala 71:12]
  assign bitMask = _T_206[7:0]; // @[PositDivisionSqrt.scala 145:21 PositDivisionSqrt.scala 146:14]
  assign _GEN_12 = {{3'd0}, _T_236}; // @[PositDivisionSqrt.scala 156:53]
  assign _T_237 = bitMask & _GEN_12; // @[PositDivisionSqrt.scala 156:53]
  assign _GEN_13 = {{1'd0}, _T_237}; // @[PositDivisionSqrt.scala 155:51]
  assign _T_238 = sigX_Z | _GEN_13; // @[PositDivisionSqrt.scala 155:51]
  assign _T_239 = bitMask[7:1]; // @[PositDivisionSqrt.scala 157:53]
  assign _GEN_14 = {{2'd0}, _T_239}; // @[PositDivisionSqrt.scala 156:89]
  assign _T_240 = _T_238 | _GEN_14; // @[PositDivisionSqrt.scala 156:89]
  assign _T_241 = _T_233 ? _T_240 : 9'h0; // @[PositDivisionSqrt.scala 155:22]
  assign trialTerm = _T_231 | _T_241; // @[PositDivisionSqrt.scala 154:93]
  assign _T_243 = trialTerm[8:8]; // @[PositDivisionSqrt.scala 162:56]
  assign _T_244 = _T_234 ^ _T_243; // @[PositDivisionSqrt.scala 162:40]
  assign _T_247 = rem + trialTerm; // @[PositDivisionSqrt.scala 163:97]
  assign _T_249 = rem - trialTerm; // @[PositDivisionSqrt.scala 164:97]
  assign _T_250 = _T_244 ? _T_247 : _T_249; // @[PositDivisionSqrt.scala 161:92]
  assign _T_255 = {rem, 1'h0}; // @[PositDivisionSqrt.scala 168:98]
  assign _T_256 = _T_255[8:0]; // @[PositDivisionSqrt.scala 168:108]
  assign _T_258 = _T_256 + trialTerm; // @[PositDivisionSqrt.scala 168:112]
  assign _T_262 = _T_256 - trialTerm; // @[PositDivisionSqrt.scala 169:112]
  assign _T_263 = _T_244 ? _T_258 : _T_262; // @[PositDivisionSqrt.scala 166:26]
  assign trialRem = ready ? _T_250 : _T_263; // @[PositDivisionSqrt.scala 159:27]
  assign _T_264 = trialRem != 9'h0; // @[PositDivisionSqrt.scala 173:35]
  assign trIsZero = _T_264 == 1'h0; // @[PositDivisionSqrt.scala 173:25]
  assign _T_265 = rem != 9'h0; // @[PositDivisionSqrt.scala 174:30]
  assign remIsZero = _T_265 == 1'h0; // @[PositDivisionSqrt.scala 174:25]
  assign _T_267 = trialRem[8:8]; // @[PositDivisionSqrt.scala 176:64]
  assign _T_268 = _T_243 ^ _T_267; // @[PositDivisionSqrt.scala 176:49]
  assign _T_269 = ~ _T_268; // @[PositDivisionSqrt.scala 176:29]
  assign _T_270 = sigX_Z[8:8]; // @[PositDivisionSqrt.scala 178:61]
  assign _T_271 = ~ _T_270; // @[PositDivisionSqrt.scala 178:49]
  assign _T_273 = remIsZero ? _T_270 : _T_269; // @[Mux.scala 87:16]
  assign newBit = trIsZero ? _T_271 : _T_273; // @[Mux.scala 87:16]
  assign _T_274 = cycleNum > 4'h2; // @[PositDivisionSqrt.scala 183:41]
  assign _T_275 = remIsZero == 1'h0; // @[PositDivisionSqrt.scala 183:51]
  assign _T_276 = _T_274 & _T_275; // @[PositDivisionSqrt.scala 183:48]
  assign _T_277 = entering_normalCase | _T_276; // @[PositDivisionSqrt.scala 183:28]
  assign _T_280 = _T_215 & newBit; // @[PositDivisionSqrt.scala 187:39]
  assign _T_281 = entering_normalCase | _T_280; // @[PositDivisionSqrt.scala 187:28]
  assign _T_284 = {newBit, 8'h0}; // @[PositDivisionSqrt.scala 188:47]
  assign _T_285 = _T_218 ? _T_284 : 9'h0; // @[PositDivisionSqrt.scala 188:18]
  assign _T_287 = _T_220 ? 7'h40 : 7'h0; // @[PositDivisionSqrt.scala 189:18]
  assign _GEN_15 = {{2'd0}, _T_287}; // @[PositDivisionSqrt.scala 188:78]
  assign _T_288 = _T_285 | _GEN_15; // @[PositDivisionSqrt.scala 188:78]
  assign _GEN_16 = {{1'd0}, bitMask}; // @[PositDivisionSqrt.scala 190:47]
  assign _T_290 = sigX_Z | _GEN_16; // @[PositDivisionSqrt.scala 190:47]
  assign _T_291 = _T_215 ? _T_290 : 9'h0; // @[PositDivisionSqrt.scala 190:18]
  assign _T_292 = _T_288 | _T_291; // @[PositDivisionSqrt.scala 189:78]
  assign _T_294 = {_T_270, 1'h0}; // @[PositDivisionSqrt.scala 196:53]
  assign sigXBias = scaleNotChange ? _T_294 : {{1'd0}, _T_270}; // @[PositDivisionSqrt.scala 196:21]
  assign _GEN_17 = {{7'd0}, sigXBias}; // @[PositDivisionSqrt.scala 197:25]
  assign realSigX = sigX_Z + _GEN_17; // @[PositDivisionSqrt.scala 197:25]
  assign _T_297 = realSigX[5:4]; // @[PositDivisionSqrt.scala 200:97]
  assign _T_298 = realSigX[4:3]; // @[PositDivisionSqrt.scala 201:97]
  assign realFrac = scaleNotChange ? _T_297 : _T_298; // @[PositDivisionSqrt.scala 198:21]
  assign _T_299 = realSigX[8]; // @[PositDivisionSqrt.scala 205:33]
  assign _T_300 = realSigX[6]; // @[PositDivisionSqrt.scala 205:58]
  assign _T_301 = _T_299 ^ _T_300; // @[PositDivisionSqrt.scala 205:48]
  assign scaleNeedSub = ~ _T_301; // @[PositDivisionSqrt.scala 205:23]
  assign _T_303 = realSigX[5]; // @[PositDivisionSqrt.scala 206:56]
  assign notNeedSubTwo = _T_299 ^ _T_303; // @[PositDivisionSqrt.scala 206:46]
  assign scaleSubOne = scaleNeedSub & notNeedSubTwo; // @[PositDivisionSqrt.scala 207:36]
  assign _T_304 = ~ notNeedSubTwo; // @[PositDivisionSqrt.scala 208:38]
  assign scaleSubTwo = scaleNeedSub & _T_304; // @[PositDivisionSqrt.scala 208:36]
  assign _T_305 = {scaleSubTwo,scaleSubOne}; // @[Cat.scala 29:58]
  assign _T_306 = {1'b0,$signed(_T_305)}; // @[PositDivisionSqrt.scala 209:63]
  assign _GEN_18 = {{4{_T_306[2]}},_T_306}; // @[PositDivisionSqrt.scala 209:31]
  assign _T_308 = $signed(scale_Z) - $signed(_GEN_18); // @[PositDivisionSqrt.scala 209:31]
  assign realExp = $signed(_T_308); // @[PositDivisionSqrt.scala 209:31]
  assign underflow = $signed(realExp) < $signed(-7'sh15); // @[PositDivisionSqrt.scala 210:31]
  assign overflow = $signed(realExp) > $signed(7'sh14); // @[PositDivisionSqrt.scala 211:31]
  assign decQ_sign = realSigX[8:8]; // @[PositDivisionSqrt.scala 215:33]
  assign _T_310 = underflow ? $signed(-7'sh15) : $signed(realExp); // @[Mux.scala 87:16]
  assign _T_311 = overflow ? $signed(7'sh14) : $signed(_T_310); // @[Mux.scala 87:16]
  assign _T_312 = realSigX[3:1]; // @[PositDivisionSqrt.scala 224:48]
  assign _T_313 = realSigX[2:0]; // @[PositDivisionSqrt.scala 224:64]
  assign decQ_grs = scaleNotChange ? _T_312 : _T_313; // @[PositDivisionSqrt.scala 224:23]
  assign outValid = cycleNum == 4'h1; // @[PositDivisionSqrt.scala 229:28]
  assign _GEN_19 = _T_311[5:0]; // @[PositDivisionSqrt.scala 204:27 PositDivisionSqrt.scala 216:23]
  assign decQ_scale = $signed(_GEN_19); // @[PositDivisionSqrt.scala 204:27 PositDivisionSqrt.scala 216:23]
  assign _T_319 = decQ_scale[1:0]; // @[convert.scala 46:61]
  assign _T_320 = ~ _T_319; // @[convert.scala 46:52]
  assign _T_322 = decQ_sign ? _T_320 : _T_319; // @[convert.scala 46:42]
  assign _T_323 = decQ_scale[5:2]; // @[convert.scala 48:34]
  assign _T_324 = _T_323[3:3]; // @[convert.scala 49:36]
  assign _T_326 = ~ _T_323; // @[convert.scala 50:36]
  assign _T_327 = $signed(_T_326); // @[convert.scala 50:36]
  assign _T_328 = _T_324 ? $signed(_T_327) : $signed(_T_323); // @[convert.scala 50:28]
  assign _T_329 = _T_324 ^ decQ_sign; // @[convert.scala 51:31]
  assign _T_330 = ~ _T_329; // @[convert.scala 52:43]
  assign _T_334 = {_T_330,_T_329,_T_322,realFrac,decQ_grs}; // @[Cat.scala 29:58]
  assign _T_335 = $unsigned(_T_328); // @[Shift.scala 39:17]
  assign _T_336 = _T_335 < 4'h9; // @[Shift.scala 39:24]
  assign _T_338 = _T_334[8:8]; // @[Shift.scala 90:30]
  assign _T_339 = _T_334[7:0]; // @[Shift.scala 90:48]
  assign _T_340 = _T_339 != 8'h0; // @[Shift.scala 90:57]
  assign _T_341 = _T_338 | _T_340; // @[Shift.scala 90:39]
  assign _T_342 = _T_335[3]; // @[Shift.scala 12:21]
  assign _T_343 = _T_334[8]; // @[Shift.scala 12:21]
  assign _T_345 = _T_343 ? 8'hff : 8'h0; // @[Bitwise.scala 71:12]
  assign _T_346 = {_T_345,_T_341}; // @[Cat.scala 29:58]
  assign _T_347 = _T_342 ? _T_346 : _T_334; // @[Shift.scala 91:22]
  assign _T_348 = _T_335[2:0]; // @[Shift.scala 92:77]
  assign _T_349 = _T_347[8:4]; // @[Shift.scala 90:30]
  assign _T_350 = _T_347[3:0]; // @[Shift.scala 90:48]
  assign _T_351 = _T_350 != 4'h0; // @[Shift.scala 90:57]
  assign _GEN_20 = {{4'd0}, _T_351}; // @[Shift.scala 90:39]
  assign _T_352 = _T_349 | _GEN_20; // @[Shift.scala 90:39]
  assign _T_353 = _T_348[2]; // @[Shift.scala 12:21]
  assign _T_354 = _T_347[8]; // @[Shift.scala 12:21]
  assign _T_356 = _T_354 ? 4'hf : 4'h0; // @[Bitwise.scala 71:12]
  assign _T_357 = {_T_356,_T_352}; // @[Cat.scala 29:58]
  assign _T_358 = _T_353 ? _T_357 : _T_347; // @[Shift.scala 91:22]
  assign _T_359 = _T_348[1:0]; // @[Shift.scala 92:77]
  assign _T_360 = _T_358[8:2]; // @[Shift.scala 90:30]
  assign _T_361 = _T_358[1:0]; // @[Shift.scala 90:48]
  assign _T_362 = _T_361 != 2'h0; // @[Shift.scala 90:57]
  assign _GEN_21 = {{6'd0}, _T_362}; // @[Shift.scala 90:39]
  assign _T_363 = _T_360 | _GEN_21; // @[Shift.scala 90:39]
  assign _T_364 = _T_359[1]; // @[Shift.scala 12:21]
  assign _T_365 = _T_358[8]; // @[Shift.scala 12:21]
  assign _T_367 = _T_365 ? 2'h3 : 2'h0; // @[Bitwise.scala 71:12]
  assign _T_368 = {_T_367,_T_363}; // @[Cat.scala 29:58]
  assign _T_369 = _T_364 ? _T_368 : _T_358; // @[Shift.scala 91:22]
  assign _T_370 = _T_359[0:0]; // @[Shift.scala 92:77]
  assign _T_371 = _T_369[8:1]; // @[Shift.scala 90:30]
  assign _T_372 = _T_369[0:0]; // @[Shift.scala 90:48]
  assign _GEN_22 = {{7'd0}, _T_372}; // @[Shift.scala 90:39]
  assign _T_374 = _T_371 | _GEN_22; // @[Shift.scala 90:39]
  assign _T_376 = _T_369[8]; // @[Shift.scala 12:21]
  assign _T_377 = {_T_376,_T_374}; // @[Cat.scala 29:58]
  assign _T_378 = _T_370 ? _T_377 : _T_369; // @[Shift.scala 91:22]
  assign _T_381 = _T_343 ? 9'h1ff : 9'h0; // @[Bitwise.scala 71:12]
  assign _T_382 = _T_336 ? _T_378 : _T_381; // @[Shift.scala 39:10]
  assign _T_383 = _T_382[3]; // @[convert.scala 55:31]
  assign _T_384 = _T_382[2]; // @[convert.scala 56:31]
  assign _T_385 = _T_382[1]; // @[convert.scala 57:31]
  assign _T_386 = _T_382[0]; // @[convert.scala 58:31]
  assign _T_387 = _T_382[8:3]; // @[convert.scala 59:69]
  assign _T_388 = _T_387 != 6'h0; // @[convert.scala 59:81]
  assign _T_389 = ~ _T_388; // @[convert.scala 59:50]
  assign _T_391 = _T_387 == 6'h3f; // @[convert.scala 60:81]
  assign _T_392 = _T_383 | _T_385; // @[convert.scala 61:44]
  assign _T_393 = _T_392 | _T_386; // @[convert.scala 61:52]
  assign _T_394 = _T_384 & _T_393; // @[convert.scala 61:36]
  assign _T_395 = ~ _T_391; // @[convert.scala 62:63]
  assign _T_396 = _T_395 & _T_394; // @[convert.scala 62:103]
  assign _T_397 = _T_389 | _T_396; // @[convert.scala 62:60]
  assign _GEN_23 = {{5'd0}, _T_397}; // @[convert.scala 63:56]
  assign _T_400 = _T_387 + _GEN_23; // @[convert.scala 63:56]
  assign _T_401 = {decQ_sign,_T_400}; // @[Cat.scala 29:58]
  assign _T_403 = isZero_Z ? 7'h0 : _T_401; // @[Mux.scala 87:16]
  assign io_inReady = cycleNum <= 4'h1; // @[PositDivisionSqrt.scala 231:17]
  assign io_diviValid = outValid & _T_224; // @[PositDivisionSqrt.scala 232:17]
  assign io_sqrtValid = outValid & sqrtOp_Z; // @[PositDivisionSqrt.scala 233:17]
  assign io_invalidExc = isNaR_Z; // @[PositDivisionSqrt.scala 234:17]
  assign io_Q = isNaR_Z ? 7'h40 : _T_403; // @[PositDivisionSqrt.scala 235:17]
`ifdef RANDOMIZE_GARBAGE_ASSIGN
`define RANDOMIZE
`endif
`ifdef RANDOMIZE_INVALID_ASSIGN
`define RANDOMIZE
`endif
`ifdef RANDOMIZE_REG_INIT
`define RANDOMIZE
`endif
`ifdef RANDOMIZE_MEM_INIT
`define RANDOMIZE
`endif
`ifndef RANDOM
`define RANDOM $random
`endif
`ifdef RANDOMIZE_MEM_INIT
  integer initvar;
`endif
initial begin
  `ifdef RANDOMIZE
    `ifdef INIT_RANDOM
      `INIT_RANDOM
    `endif
    `ifndef VERILATOR
      `ifdef RANDOMIZE_DELAY
        #`RANDOMIZE_DELAY begin end
      `else
        #0.002 begin end
      `endif
    `endif
  `ifdef RANDOMIZE_REG_INIT
  _RAND_0 = {1{`RANDOM}};
  cycleNum = _RAND_0[3:0];
  `endif // RANDOMIZE_REG_INIT
  `ifdef RANDOMIZE_REG_INIT
  _RAND_1 = {1{`RANDOM}};
  sqrtOp_Z = _RAND_1[0:0];
  `endif // RANDOMIZE_REG_INIT
  `ifdef RANDOMIZE_REG_INIT
  _RAND_2 = {1{`RANDOM}};
  isNaR_Z = _RAND_2[0:0];
  `endif // RANDOMIZE_REG_INIT
  `ifdef RANDOMIZE_REG_INIT
  _RAND_3 = {1{`RANDOM}};
  isZero_Z = _RAND_3[0:0];
  `endif // RANDOMIZE_REG_INIT
  `ifdef RANDOMIZE_REG_INIT
  _RAND_4 = {1{`RANDOM}};
  scale_Z = _RAND_4[6:0];
  `endif // RANDOMIZE_REG_INIT
  `ifdef RANDOMIZE_REG_INIT
  _RAND_5 = {1{`RANDOM}};
  signB_Z = _RAND_5[0:0];
  `endif // RANDOMIZE_REG_INIT
  `ifdef RANDOMIZE_REG_INIT
  _RAND_6 = {1{`RANDOM}};
  fractB_Z = _RAND_6[1:0];
  `endif // RANDOMIZE_REG_INIT
  `ifdef RANDOMIZE_REG_INIT
  _RAND_7 = {1{`RANDOM}};
  rem_Z = _RAND_7[8:0];
  `endif // RANDOMIZE_REG_INIT
  `ifdef RANDOMIZE_REG_INIT
  _RAND_8 = {1{`RANDOM}};
  sigX_Z = _RAND_8[8:0];
  `endif // RANDOMIZE_REG_INIT
  `endif // RANDOMIZE
end
  always @(posedge clock) begin
    if (reset) begin
      cycleNum <= 4'h0;
    end else begin
      if (_T_183) begin
        cycleNum <= _T_200;
      end
    end
    if (entering) begin
      sqrtOp_Z <= io_sqrtOp;
    end
    if (entering) begin
      if (io_sqrtOp) begin
        isNaR_Z <= _T_167;
      end else begin
        isNaR_Z <= _T_169;
      end
    end
    if (entering) begin
      if (io_sqrtOp) begin
        isZero_Z <= decA_isZero;
      end else begin
        isZero_Z <= _T_173;
      end
    end
    if (entering_normalCase) begin
      if (io_sqrtOp) begin
        scale_Z <= {{2{_T_201[4]}},_T_201};
      end else begin
        scale_Z <= sExpQuot_S_div;
      end
    end
    if (_T_204) begin
      signB_Z <= _T_80;
    end
    if (_T_204) begin
      fractB_Z <= decB_fraction;
    end
    if (_T_277) begin
      if (ready) begin
        if (_T_244) begin
          rem_Z <= _T_247;
        end else begin
          rem_Z <= _T_249;
        end
      end else begin
        if (_T_244) begin
          rem_Z <= _T_258;
        end else begin
          rem_Z <= _T_262;
        end
      end
    end
    if (_T_281) begin
      sigX_Z <= _T_292;
    end
  end
endmodule